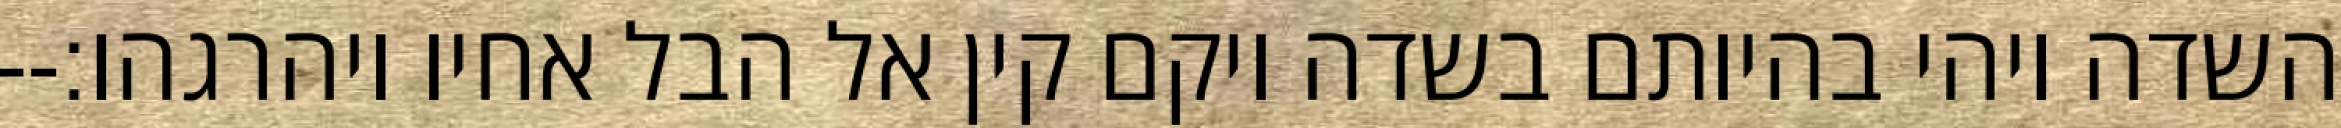
השדה ויהי בהיותם בשדה ויקם קין אל הבל אחיו ויהרגהו׃--